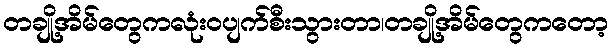
တချို့အိမ်တွေကလုံးဝပျက်စီးသွားတာ၊တချို့အိမ်တွေကတော့